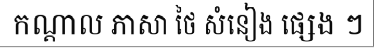
កណ្តាល ភាសា ថៃ សំនៀង ផ្សេង ៗ